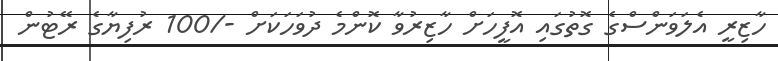
ހާޒިރީ އެލަވަންސްގެ ގޮތުގައި އޮފީހަށް ހާޒިރުވާ ކޮންމެ ދުވަހަކަށް -/100 ރުފިޔާގެ ރޭޓުން